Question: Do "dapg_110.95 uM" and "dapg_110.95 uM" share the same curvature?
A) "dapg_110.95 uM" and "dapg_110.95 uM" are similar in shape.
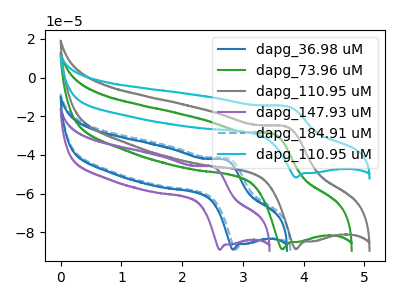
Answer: <think>The blue curve "dapg_36.98 uM" has an anodic peak at (2.70V, -42.60uA) and a cathodic peak at (2.85V, -89.00uA). The green curve "dapg_73.96 uM" has an anodic peak at (3.50V, -29.15uA) and a cathodic peak at (3.65V, -88.85uA). The gray curve "dapg_110.95 uM" has an anodic peak at (3.70V, -25.45uA) and a cathodic peak at (3.90V, -88.80uA). The purple curve "dapg_147.93 uM" has an anodic peak at (2.50V, -46.25uA) and a cathodic peak at (2.60V, -89.05uA). The blue dashed curve "dapg_184.91 uM" has an anodic peak at (2.75V, -41.90uA) and a cathodic peak at (2.90V, -89.00uA). The cyan curve "dapg_110.95 uM" has an anodic peak at (3.70V, -14.85uA) and a cathodic peak at (3.90V, -51.70uA).
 All the peaks in "dapg_110.95 uM" have a peak in "dapg_110.95 uM" at the same potential.</think>
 <answer>A) "dapg_110.95 uM" and "dapg_110.95 uM" are similar in shape.</answer>
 <eval>A</eval>